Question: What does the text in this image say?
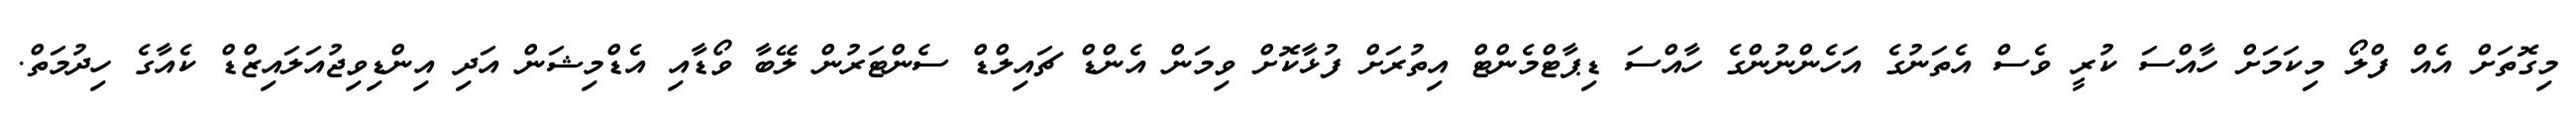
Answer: މިގޮތަށް އެއް ފްލޯ މިކަމަށް ހާއްސަ ކުރީ ވެސް އެތަނުގެ އަހެންނުންގެ ހާއްސަ ޑިޕާޓްމެންޓް އިތުރަށް ފުޅާކޮށް ވިމަން އެންޑް ޗައިލްޑް ސެންޓަރުން ލޭބާ ވޯޑާއި އެޑްމިޝަން އަދި އިންޑިވިޖުއަލައިޒްޑް ކެއާގެ ހިދުމަތް.